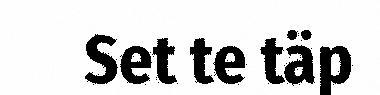
Set te täp